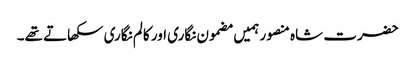
حضرت شاہ منصور ہمیں مضمون نگاری اور کالم نگاری سکھاتے تھے۔